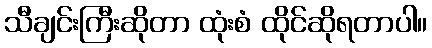
သီချင်းကြီးဆိုတာ ထုံးစံ ထိုင်ဆိုရတာပါ။